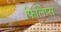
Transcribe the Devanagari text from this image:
फिलिप्स्